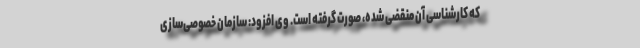
که کارشناسی آن منقضی شده، صورت گرفته است. وی افزود: سازمان خصوصی‌سازی